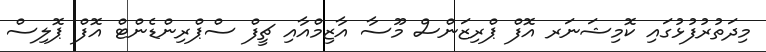
މިދަތުރުފުޅުގައި ކޮމިޝަނަރ އޮފް ޕްރިޒަންސް މޫސާ އާޒިމްއާއި ޗީފް ސްޕްރިންޑެންޓް އޮފް ޕޮލިސް